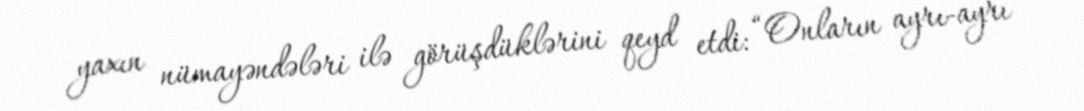
yaxın nümayəndələri ilə görüşdüklərini qeyd etdi: “Onların ayrı-ayrı